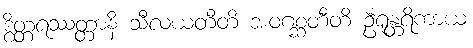
ဒွိတ္တရဿတ္တာနိ သီလယတီတိ အဝဂစ္ဆတီတိ ဦရုန္တရိကာယ